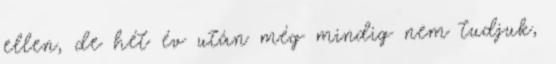
ellen, de hét év után még mindig nem tudjuk,